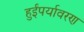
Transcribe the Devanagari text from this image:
हुईंपर्यावरण